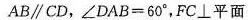
AB//CD,\angleDAB = 60 ^{\circ} ,FC\perp平面